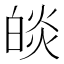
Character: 𤾃